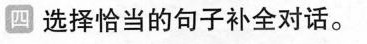
四 选择恰当的句子补全对话。